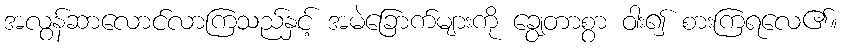
အလွန်ဆာလောင်လာကြသည်နှင့် အမဲခြောက်များကို ချွေတာစွာ ဝါး၍ စားကြရလေ၏။